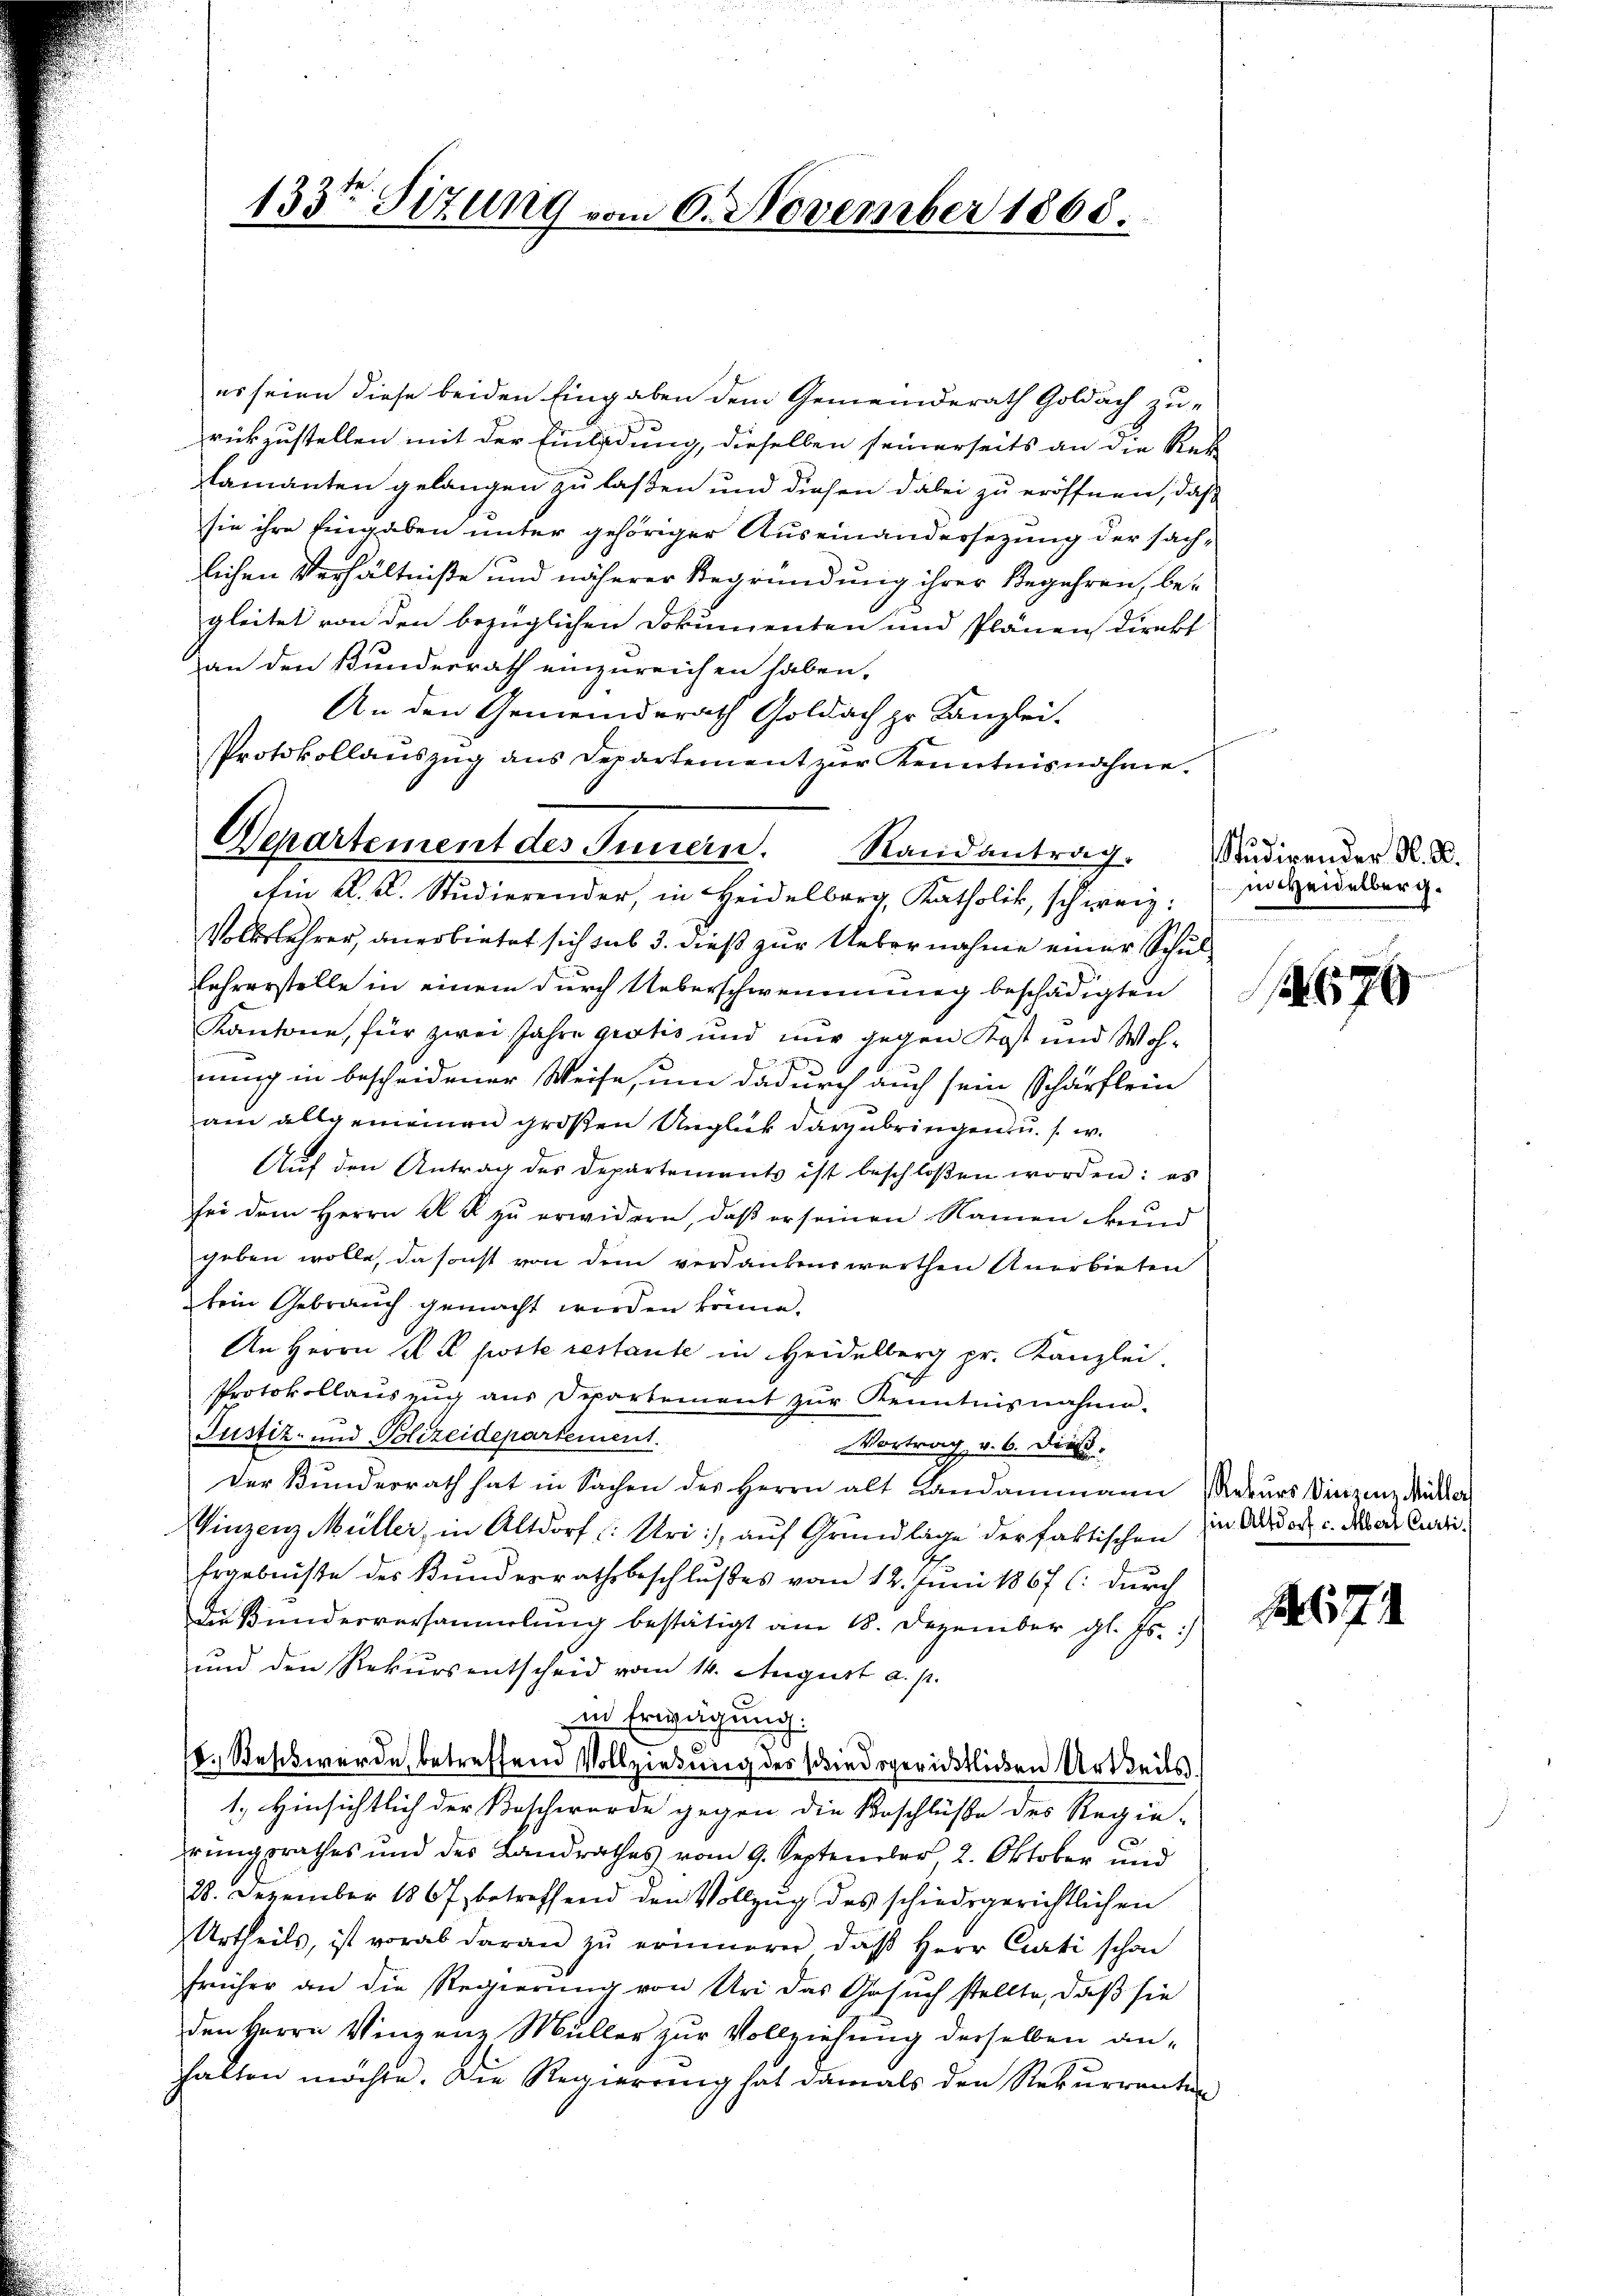
Protokollauszug aus Departement vor Kenntnisnahme.
Departement des Innern. Randantrag.

133ten Sizung vom 6. November 1865.

es seien diese beiden Eingaben dem Gemeinderath Goldach zu-
rückzustellen mit der Einladung, dieselben seinerseits an die Rek
amanten gelangen zu laßen und diesen dabei zu eröffnen, daß
sie ihre Eingaben unter gehöriger Auseinandersezung der sachlichen Verhältniße und näherer Begründung ihrer Begehren, begleitet von den bezüglichen Dokumenten und Plänen Direkt
an den Bundesrath einzureichen haben,
An den Gemeindsrath Goldach zu Kanzlei.
Ain K. K. Studierender, in Heidelberg, Katholik, schweiz.
Volkslehrer, anerbietet sich sub 3. dieß zur Uebernahme einer Schul¬
Lehrerstelle in einem durch Ueberschwemmung beschädigten
Kantone, für zwei Jahre gratis und nur gegen Kost und Wohnung in bescheidener Weise, um dadurch auch sein Schärflein
am allgemeinen großen Unglück darzubringen u. s. w.
Aŭf den Antrag des Departements ist beschloßen worden: es
sei dem Herrn A. R. zŭ erwidern, daβ er seinen Namen kund
geben wolle, da sonst von dem verdankenswerthen Anerbieten
kein Gebrauch gemacht werden könne.
An Herrn R. poste restante in Heidelberg pr. Kanzlei.
Protokollauszug aus Departement zŭr Kenntnisnahme.
Justiz- und Polizeidepartement.
Vortrag v. 6. Dies
Der Bunderrath hat in Sachen der Herrn alt Landammann Rekurs Vinzen Miklar
Vinzenz Müller in Altdorf (Uri), auf Grundlage der faktischen in Aador c. das Audi¬
Ergebnisse des Bundesrathsbeschlußes vom 12. Juni 1867 C. durch
de Bundesversammlung bestätigt am 18. Dezember gl. Js. :/
und den Rekursentscheid vom 14. August a. p.
in Erwägung.
18. Sess werde, betreffend Vollziehung des schiedsgerichtlichen Urtheils.
1., Hinsichtlich der Beschwerde gegen die Beschlüße des Regie-
rŭngsrathes und des Landrathes vom 9. September 2. Oktober und
28. Dezember 1867 betreffend den Vollzug des schiedsgerichtlichen
Urtheils, ist vorab daran zŭ erinnern, daβ Herr Curti schon
früher an die Regierung von Uri das Gesuch stellte, daß sie
den Herrn Vinzenz Müller zur Vollziehung derselben anhalten möchte. Die Regierung hat damals den Rekurrenten

Studirender M. D.
i weidelberg.

679

1. 674